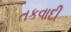
તકવાદી